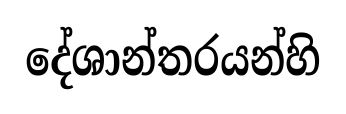
දේශාන්තරයන්හි